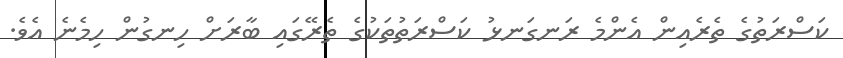
ކަސްރަތުގެ ތެރެއިން އެންމެ ރަނގަނޅު ކަސްރަތުތަކުގެ ތެރޭގައި ބާރަށް ހިނގުން ހިމެނެ އެވެ.